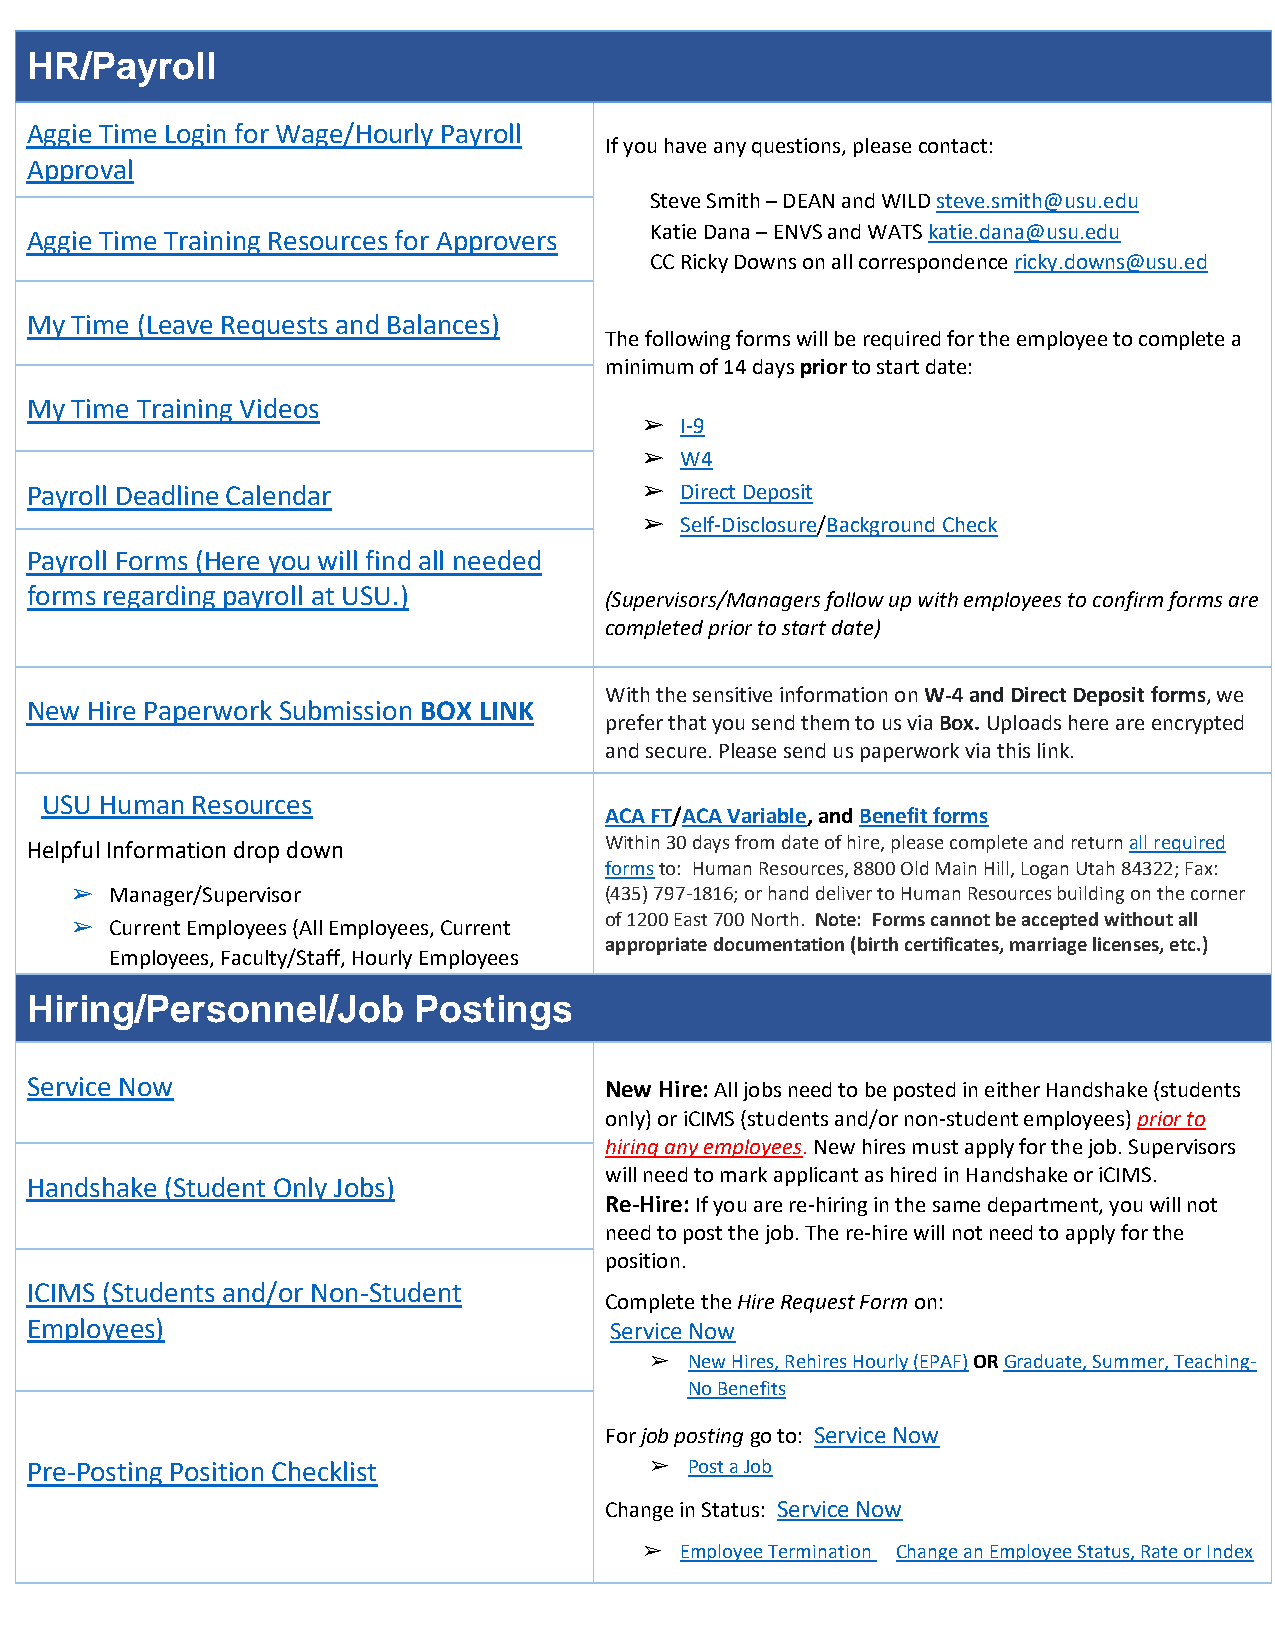
HR/Payroll
 Aggie Time Login for Wage/Hourly Payroll
 If you have any questions, please contact:
 Approval
 Steve Smith – DEAN and WILD steve.smith@usu.edu
 Katie Dana – ENVS and WATS katie.dana@usu.edu
 Aggie Time Training Resources for Approvers
 CC Ricky Downs on all correspondence ricky.downs@usu.ed
 My Time (Leave Requests and Balances)
 The following forms will be required for the employee to complete a
 minimum of 14 days prior to start date:
 My Time Training Videos
 ➢ I-9
 ➢ W4
 Payroll Deadline Calendar                ➢ Direct Deposit
 ➢ Self-Disclosure/Background Check
 Payroll Forms (Here you will find all needed
 forms regarding payroll at USU.)
 (Supervisors/Managers follow up with employees to confirm forms are
 completed prior to start date)
 With the sensitive information on W-4 and Direct Deposit forms, we
 New Hire Paperwork Submission BOX LINK
 prefer that you send them to us via Box. Uploads here are encrypted
 and secure. Please send us paperwork via this link.
 USU Human Resources
 ACA FT/ACA Variable, and Benefit forms
 Helpful Information drop down         Within 30 days from date of hire, please complete and return all required
 forms to: Human Resources, 8800 Old Main Hill, Logan Utah 84322; Fax:
 ➢ Manager/Supervisor               (435) 797-1816; or hand deliver to Human Resources building on the corner
 of 1200 East 700 North. Note: Forms cannot be accepted without all
 ➢ Current Employees (All Employees, Current
 appropriate documentation (birth certificates, marriage licenses, etc.)
 Employees, Faculty/Staff, Hourly Employees
 Hiring/Personnel/Job     Postings
 Service Now                           New Hire: All jobs need to be posted in either Handshake (students
 only) or iCIMS (students and/or non-student employees) prior to
 hiring any employees. New hires must apply for the job. Supervisors
 will need to mark applicant as hired in Handshake or iCIMS.
 Handshake (Student Only Jobs)
 Re-Hire: If you are re-hiring in the same department, you will not
 need to post the job. The re-hire will not need to apply for the
 position.
 ICIMS (Students and/or Non-Student
 Complete the Hire Request Form on:
 Employees)                            Service Now
 ➢  New Hires, Rehires Hourly (EPAF) OR Graduate, Summer, Teaching-
 No Benefits
 For job posting go to: Service Now
 Pre-Posting Position Checklist           ➢  Post a Job
 Change in Status: Service Now
 ➢ Employee Termination Change an Employee Status, Rate or Index